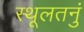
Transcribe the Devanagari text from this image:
स्थूलतनुं